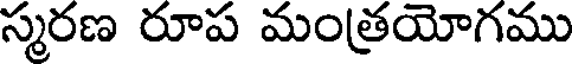
స్మరణ రూప మంత్రయోగము